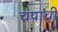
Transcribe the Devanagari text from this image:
चंपाची